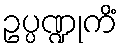
ဥပ္ပဏ္ဍုကိံ